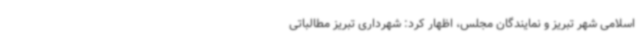
اسلامی شهر تبریز و نمایندگان مجلس، اظهار کرد: شهرداری تبریز مطالباتی